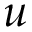
u